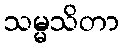
သမ္မသိတာ